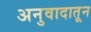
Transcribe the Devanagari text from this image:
अनुवादातून